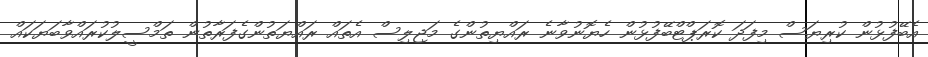
އެބޭފުޅުން ކުރިޔަސް މިފަދަ ކޮރަޕްޓްބޭފުޅުން ހެޔޮނުވާނެ ރައްޔިތުންގެ މަޖިލިސް އެތައް ރައްޔަތުންގެފަރާތުން ތަމްސީލުކުރައްވާބަޔަކައް